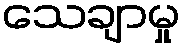
သေချာမှု